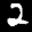
Label: 2